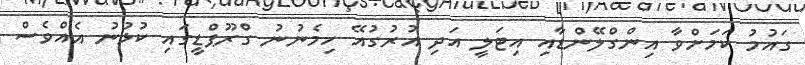
ގައުމު ކަމަށްވާ އިންގްލޭންޑާއި އިޓަލީ އަދި އުރުގުއޭ ހިމެނުނު ގްރޫޕްޑީގައި ކުޅުނު އެއްވެސް